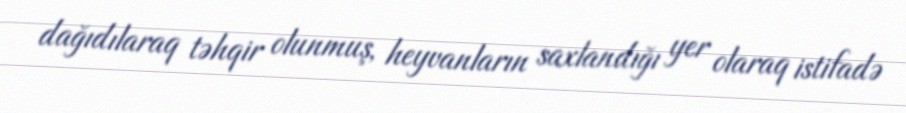
dağıdılaraq təhqir olunmuş, heyvanların saxlandığı yer olaraq istifadə